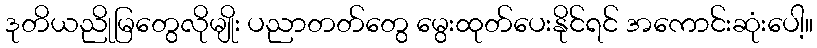
ဒုတိယညိုမြတွေလိုမျိုး ပညာတတ်တွေ မွေးထုတ်ပေးနိုင်ရင် အကောင်းဆုံးပေါ့။